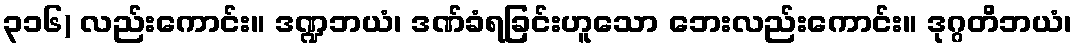
၃၁၆) လည်းကောင်း။ ဒဏ္ဍဘယံ၊ ဒဏ်ခံရခြင်းဟူသော ဘေးလည်းကောင်း။ ဒုဂ္ဂတိဘယံ၊